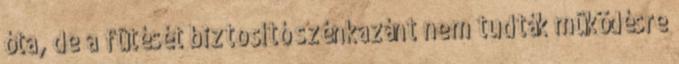
óta, de a fûtését biztosító szénkazánt nem tudták mûködésre